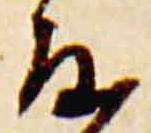
度